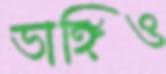
ভাঙ্গিও